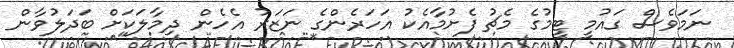
ނަމަވެސް ގައުމީ ޓީމުގެ މެޗު ފެށުމާއެކު އަހަރެންގެ ނަޒަރު އެހެން ދިމާލަކަށް ބަދަލުވާން